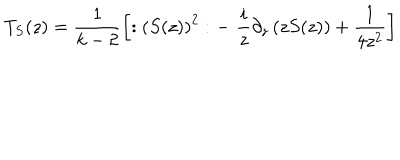
LaTeX: T _ { S } ( z ) = \frac 1 { k - 2 } \left[ : \left( S ( z ) \right) ^ { 2 } : - \, \, \frac i z \partial _ { z } \left( z S ( z ) \right) + \frac 1 { 4 z ^ { 2 } } \right]